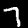
Digit: 7